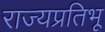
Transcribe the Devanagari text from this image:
राज्यप्रतिभू